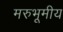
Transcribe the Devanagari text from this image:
मरुभूमीय